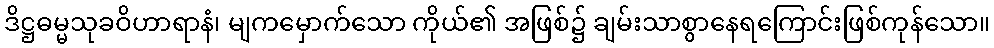
ဒိဋ္ဌဓမ္မသုခဝိဟာရာနံ၊ မျကမှောက်သော ကိုယ်၏ အဖြစ်၌ ချမ်းသာစွာနေရကြောင်းဖြစ်ကုန်သော။